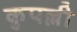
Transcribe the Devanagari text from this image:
कुपल्ली